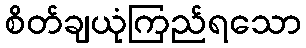
စိတ်ချယုံကြည်ရသော